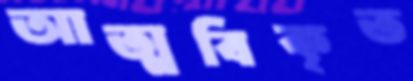
আত্মবিকৃত